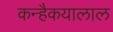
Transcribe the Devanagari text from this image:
कन्हैकयालाल